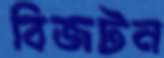
বিজটন